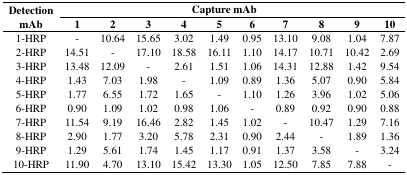
<table><thead><tr><td rowspan="2"><b>Detection mAb</b></td><td colspan="10"><b>Capture mAb</b></td></tr><tr><td><b>1</b></td><td><b>2</b></td><td><b>3</b></td><td><b>4</b></td><td><b>5</b></td><td><b>6</b></td><td><b>7</b></td><td><b>8</b></td><td><b>9</b></td><td><b>10</b></td></tr></thead><tbody><tr><td>1-HRP</td><td>-</td><td>10.64</td><td>15.65</td><td>3.02</td><td>1.49</td><td>0.95</td><td>13.10</td><td>9.08</td><td>1.04</td><td>7.87</td></tr><tr><td>2-HRP</td><td>14.51</td><td>-</td><td>17.10</td><td>18.58</td><td>16.11</td><td>1.10</td><td>14.17</td><td>10.71</td><td>10.42</td><td>2.69</td></tr><tr><td>3-HRP</td><td>13.48</td><td>12.09</td><td>-</td><td>2.61</td><td>1.51</td><td>1.06</td><td>14.31</td><td>12.88</td><td>1.42</td><td>9.54</td></tr><tr><td>4-HRP</td><td>1.43</td><td>7.03</td><td>1.98</td><td>-</td><td>1.09</td><td>0.89</td><td>1.36</td><td>5.07</td><td>0.90</td><td>5.84</td></tr><tr><td>5-HRP</td><td>1.77</td><td>6.55</td><td>1.72</td><td>1.65</td><td>-</td><td>1.10</td><td>1.26</td><td>3.96</td><td>1.02</td><td>5.06</td></tr><tr><td>6-HRP</td><td>0.90</td><td>1.09</td><td>1.02</td><td>0.98</td><td>1.06</td><td>-</td><td>0.89</td><td>0.92</td><td>0.90</td><td>0.88</td></tr><tr><td>7-HRP</td><td>11.54</td><td>9.19</td><td>16.46</td><td>2.82</td><td>1.45</td><td>1.02</td><td>-</td><td>10.47</td><td>1.29</td><td>7.16</td></tr><tr><td>8-HRP</td><td>2.90</td><td>1.77</td><td>3.20</td><td>5.78</td><td>2.31</td><td>0.90</td><td>2.44</td><td>-</td><td>1.89</td><td>1.36</td></tr><tr><td>9-HRP</td><td>1.29</td><td>5.61</td><td>1.74</td><td>1.45</td><td>1.17</td><td>0.91</td><td>1.37</td><td>3.58</td><td>-</td><td>3.24</td></tr><tr><td>10-HRP</td><td>11.90</td><td>4.70</td><td>13.10</td><td>15.42</td><td>13.30</td><td>1.05</td><td>12.50</td><td>7.85</td><td>7.88</td><td>-</td></tr></tbody></table>